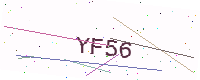
Text: YF56